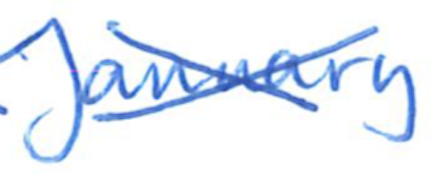
Text: January
Cross-out: cross
Writing tool: ballpoint